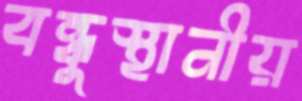
বন্ধুস্থানীয়